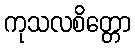
ကုသလစိတ္တော